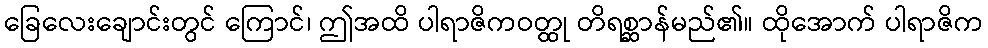
ခြေလေးချောင်းတွင် ကြောင်၊ ဤအထိ ပါရာဇိကဝတ္ထု တိရစ္ဆာန်မည်၏။ ထိုအောက် ပါရာဇိက